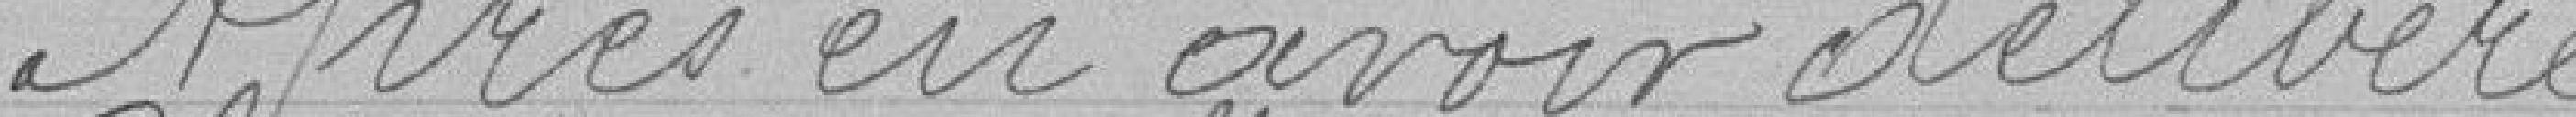
Après en avoir délibéré